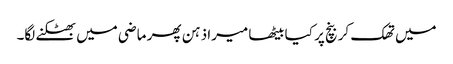
میں تھک کر بنچ پر کیا بیٹھا میرا ذہن پھر ماضی میں بھٹکنے لگا۔